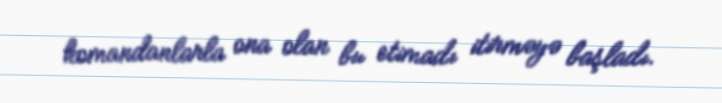
komandanlarla ona olan bu etimadı itirməyə başladı.